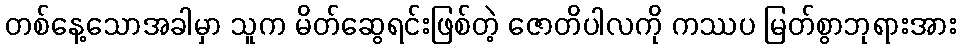
တစ်နေ့သောအခါမှာ သူက မိတ်ဆွေရင်းဖြစ်တဲ့ ဇောတိပါလကို ကဿပ မြတ်စွာဘုရားအား